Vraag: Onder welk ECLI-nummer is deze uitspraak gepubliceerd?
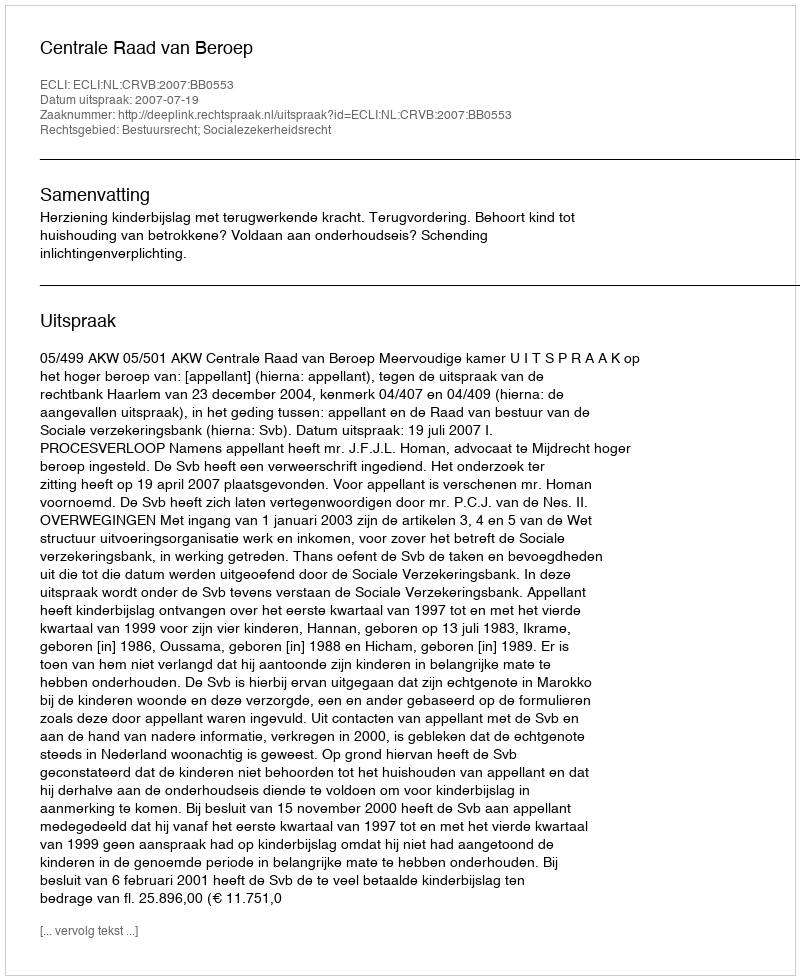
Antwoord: ECLI:NL:CRVB:2007:BB0553